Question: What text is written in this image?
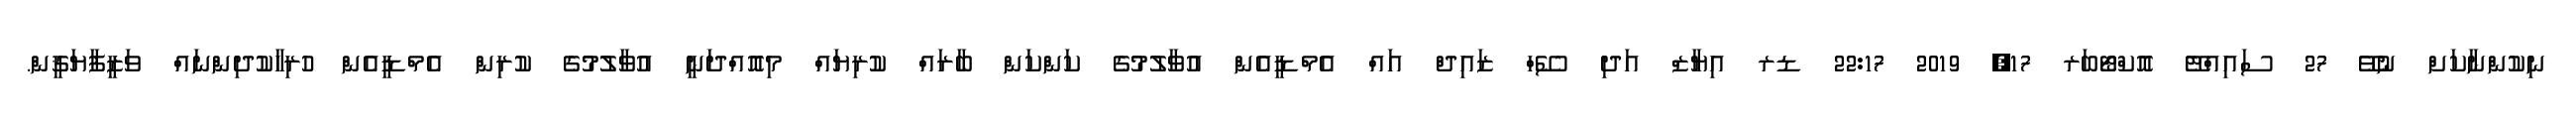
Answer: ނިކުންނާކަށް ނުވޭ 27 ސައިއްޓޭ އޮކްޓޯބަރ 17, 2019 22:17 ޑރ އިޔާޒް އަދި ސޭހް ޒައިދް އައް އެމްޑީއެން އުވާލުމުގެ ކަންކަން ބާރައް ކުރިޔައް މިއޮއްދަނީ އުވާލުމުގެ ކުރިން އެމްޑީއެން ހުރިހާކުދިންނައް ވަޒީފާޔަޤީން.